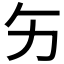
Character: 𱐩